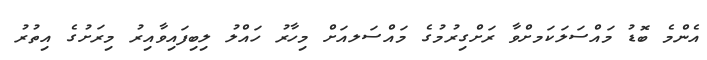
އެންމެ ބޮޑު މައްސަލަކަމށްވާ ރަށްގިރުމުގެ މައްސަލއަށް މިހާރު ހައްލު ލިބިފައިވާއިރު މިރަށުގެ އިތުރު